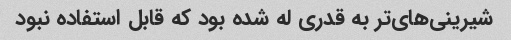
شیرینی‌های‌تر به قدری له شده بود که قابل استفاده نبود